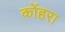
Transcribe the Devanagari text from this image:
कोंहरा